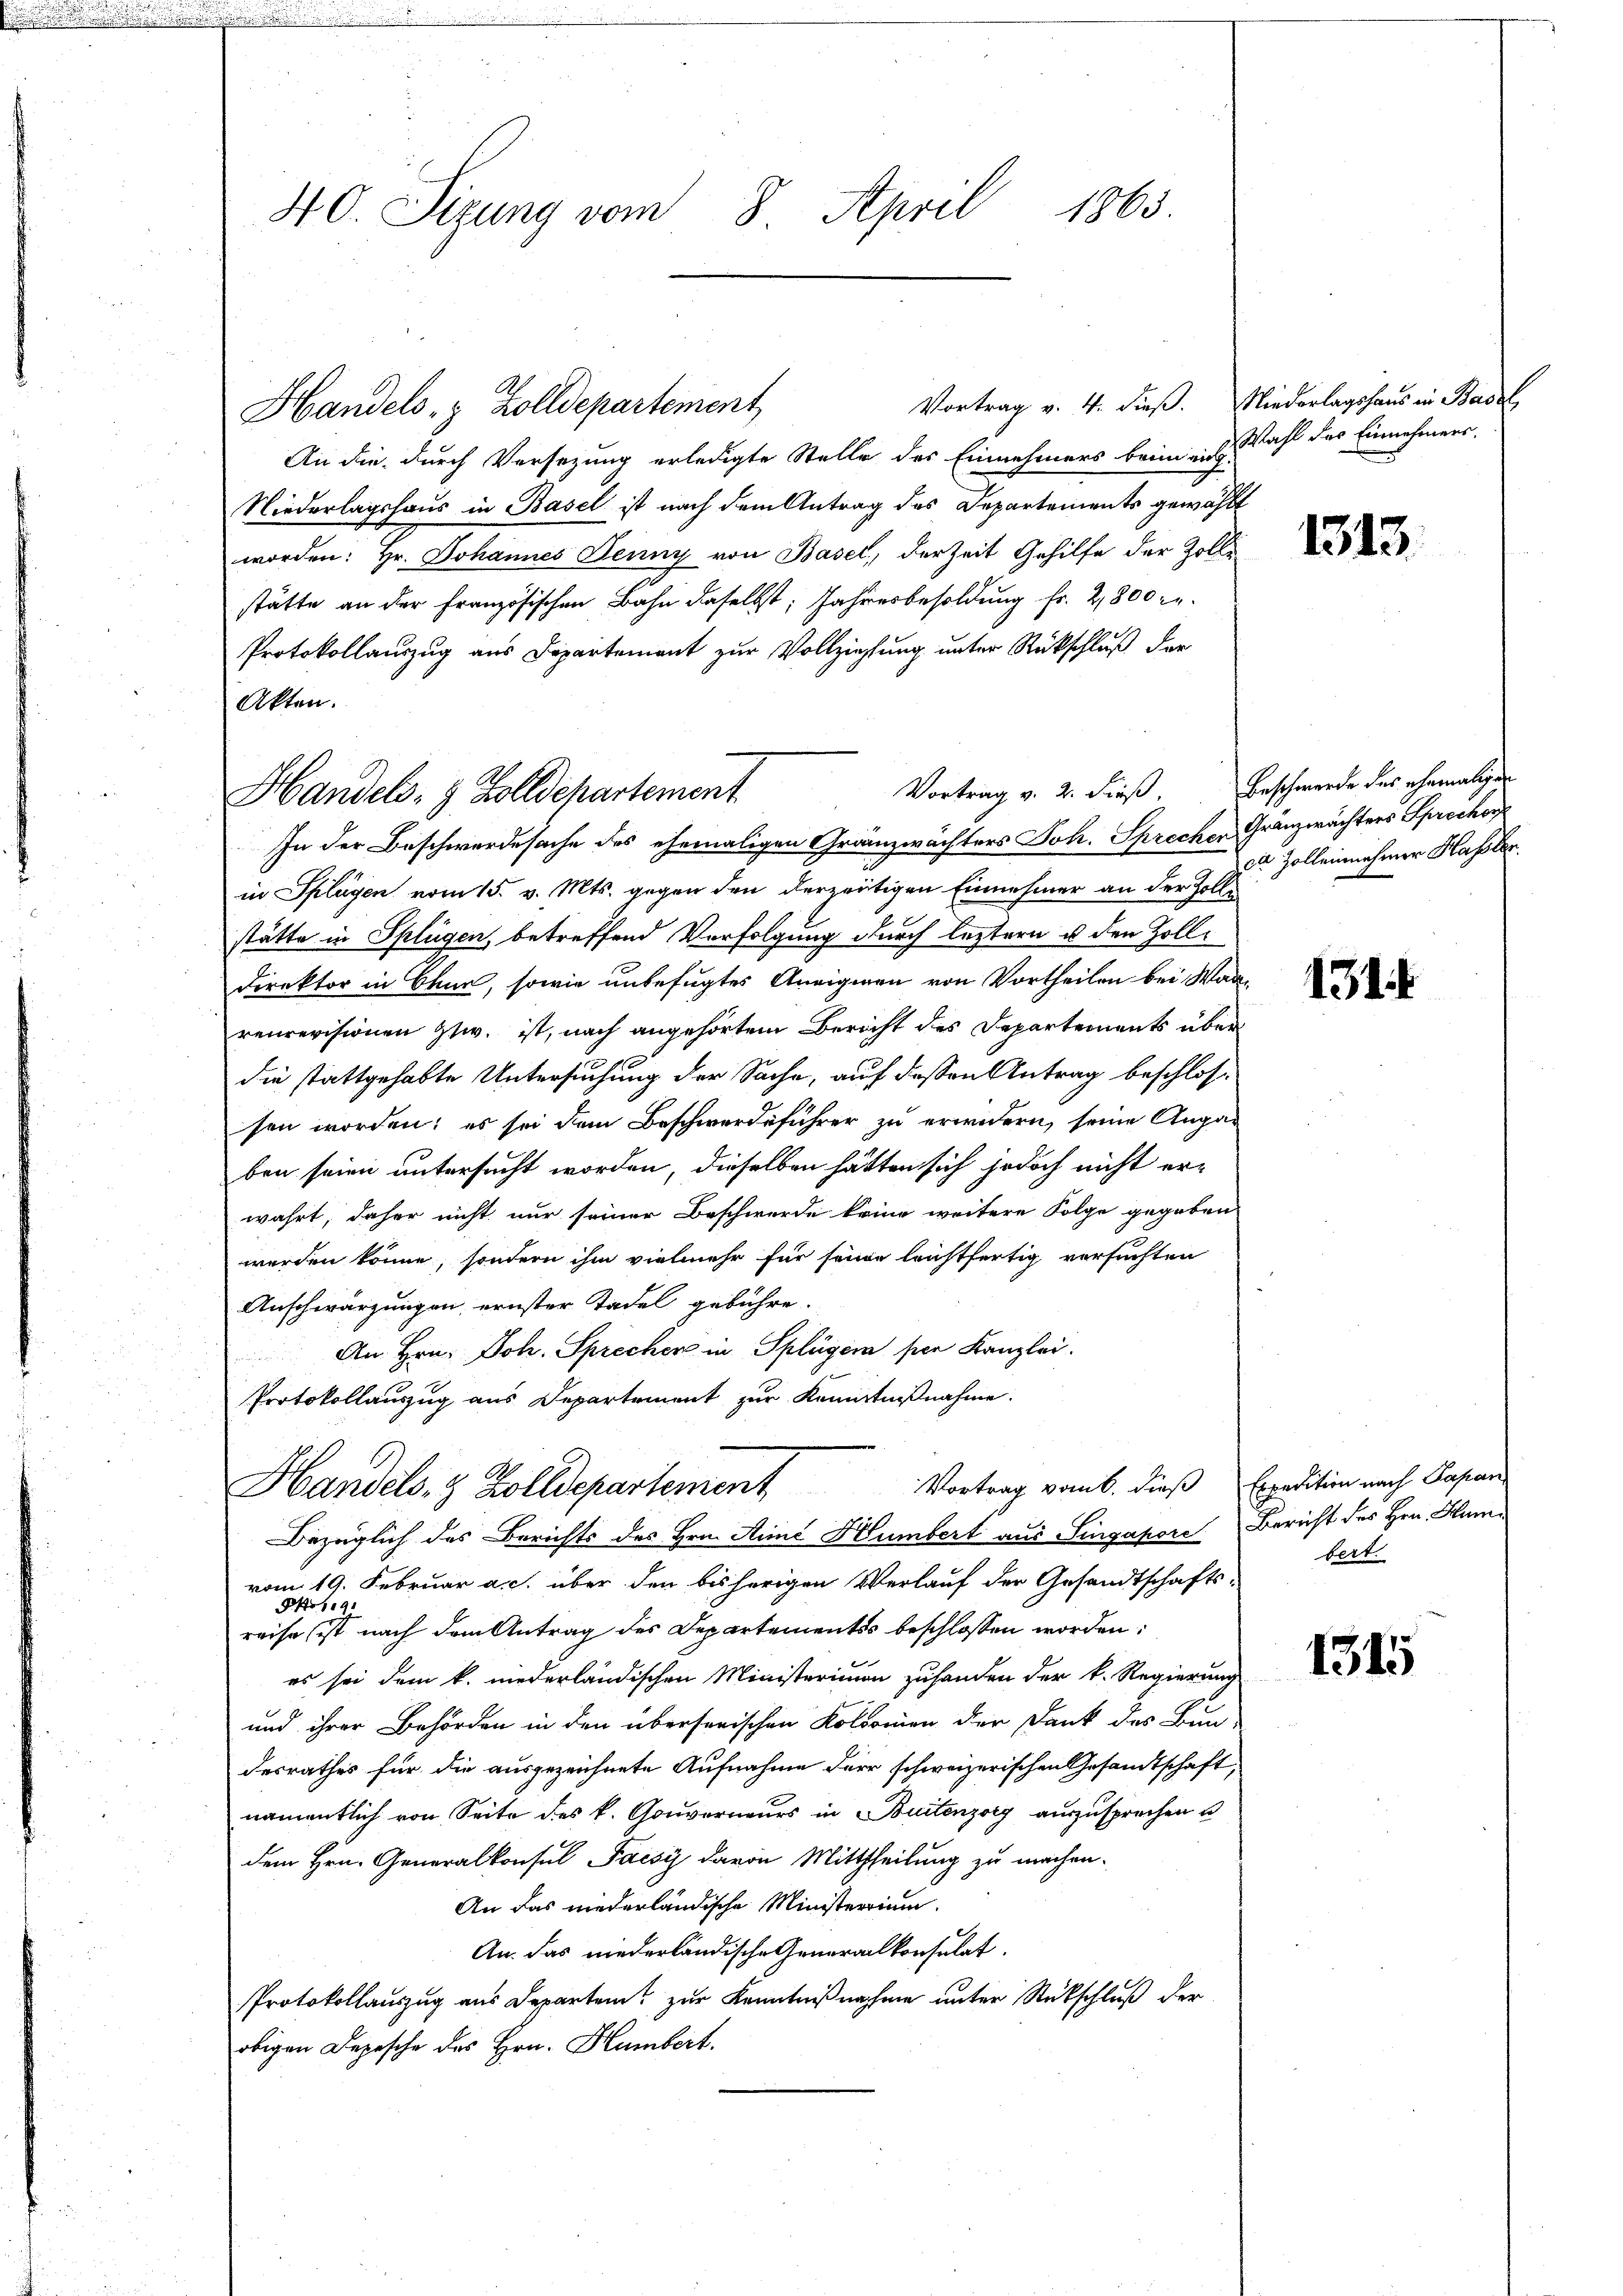
.

40. Sizung vom 8. April 1863.

An die durch Versetzung erledigte Stelle des Einnehmers brinden.
Niederlagshaus in Basel ist nach dem Antrag des Departements gewählt
worden: Hr. Johannes Jenny von Basel, der Zeit Gehilfe der Zolli
stätte an der Französischen Bahn daselbst: Jahresbesoldung fr. 2800 fr.
Protokollauzug aus Departement zur Vollziehung unter Rückschluß der
Akten.
In der Beschwerdesache des ehemaligen Gränzwächters Joh. Sprechen Granzwächters Sprochor
in Splügen vom 15. v. Mts. gegen den derzeitigen Einnehmer an der Zollstätte in Splügen, betreffend Verfolgung durch leztern u den Zoll¬
Direktor in Chur, sowie unbefugtes Aneignen von Vortheilen bei Waarecrevisionen zw. ist, nach angehörtem Bericht des Departements über
die stattgehabte Untersuchung der Sache, auf dessen Antrag beschlossen worden; es sei dem Beschwerdeführer zu erwidern, seine Angar
ben seien untersucht worden, dieselben hätten sich jedoch nicht erwahrt, daher nicht nur seiner Beschwerde keine weitere Folge gegeben
werden könne, sondern ihm vielmehr für seine leichtfertig versuchten
Anschwärzungen, ernster Tadel gebühre.
An Hrn. Joh. Sprecher in Splüger per Kanzlei.
Protokollauszug aus Departement zur Kenntnißnahme.
Handels- & Zolldepartement Vortrag vom 6. dieß Expedition nach Papan
Bezüglich des Berichts des Hrn. Aimé Humbert aus Singapore Bericht des Hrn. Hum
vom 19. Februar a. c. über den bisherigen Verlauf der Gesandtschafts-
Pko 19
reise ist nach dem Antrag des Departements beschlossen worden:
es sei dem k. niederländischen Ministerimum zuhanden der k. Regierung
und ihrer Behörden in den übersorischen Kolonien der Dank des Bun-
desrathes für die ausgezeichnete Aufnahme der schweizerischen Gesandtschaft,
namentlich von Seite des k. Gouverneurs in Buitenzory auszusprechen u
dem Hrn. Generalkonsul Paesi davon Mittheilung zu machen.
An das niederländische Ministerrium,
An. das niederländische Generalkonsulat
Protokollauszug aus Departem zur Kenntnißnahme unter Rückschluß der
obigen Depesche des Hrn. Humbert.

Handels- & Zolldepartement

Handels- & Zolldepartement

Vortrag v. 4. dieß. Niederlagshaus in Basel,
Wahl des Einnehmers.

1313.

Vortrag v. 2. dieß. Beschwerde des ehemaligen
ce Zolleinnehmer Hasler.

1514

bert.

1315